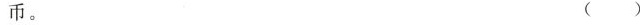
币。 ( )